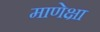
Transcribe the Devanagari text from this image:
माणेक्षा